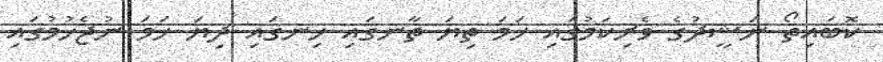
ކޮބައިތޯ ނަޝީދުގެ ވެރިކަމުގައި ހަމަ ތިޔަ ތާނގައި ހިނގައި ދިޔަ ހަމަ ނުޖެހުމުގައި